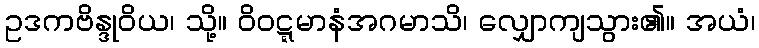
ဥဒကဗိန္ဒုဝိယ၊ သို့။ ဝိဝဋ္ဋမာနံအဂမာသိ၊ လျှောကျသွား၏။ အယံ၊